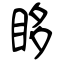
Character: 眵